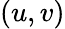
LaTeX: (u,v)